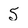
Character: 5